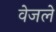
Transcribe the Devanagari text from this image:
वेजले